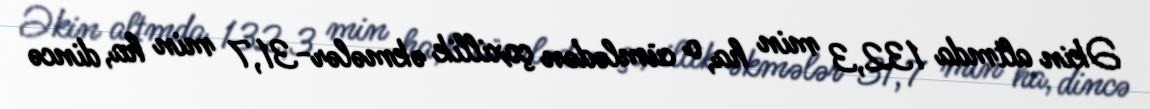
Əkin altmda 132,3 min ha, o cümlədən çoxillik əkmələr-31,7 min ha, dincə